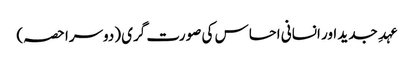
عہدِ جدید اور انسانی احساس کی صورت گری (دوسرا حصہ)